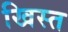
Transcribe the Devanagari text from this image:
खिस्‍त